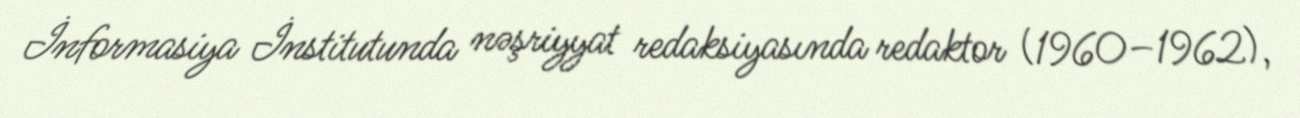
İnformasiya İnstitutunda nəşriyyat redaksiyasında redaktor (1960–1962),